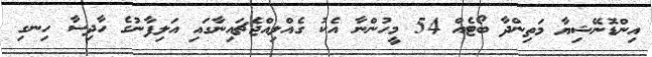
އިންޑޮނޭޝިޔާ މަތިންދާ ބޯޓެއް 54 މީހުންނާ އެކު ގެއްލިއްޖެޗައިނާގައި އަލިފާނުގެ ހާދިސާ ހިނގި